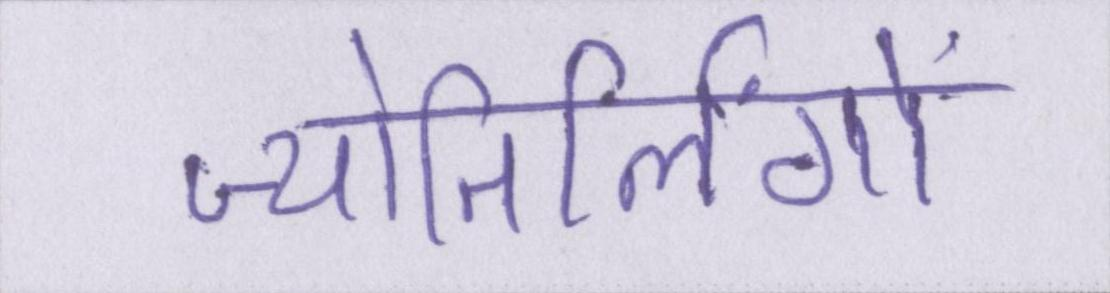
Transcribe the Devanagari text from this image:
ज्योतिर्लिंगों